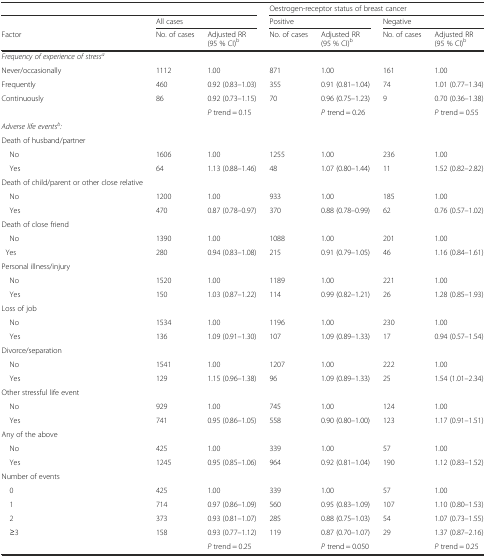
<table><thead><tr><td colspan="3"></td><td colspan="4"><b>Oestrogen-receptor status of breast cancer</b></td></tr><tr><td></td><td colspan="2"><b>All cases</b></td><td colspan="2"><b>Positive</b></td><td colspan="2"><b>Negative</b></td></tr><tr><td><b>Factor</b></td><td><b>No. of cases</b></td><td><b>Adjusted RR (95 % CI)<sup>b</sup></b></td><td><b>No. of cases</b></td><td><b>Adjusted RR (95 % CI)<sup>b</sup></b></td><td><b>No. of cases</b></td><td><b>Adjusted RR (95 % CI)<sup>b</sup></b></td></tr></thead><tbody><tr><td colspan="7"><i>Frequency of experience of stress</i><sup><i>a</i></sup></td></tr><tr><td>Never/occasionally</td><td>1112</td><td>1.00</td><td>871</td><td>1.00</td><td>161</td><td>1.00</td></tr><tr><td>Frequently</td><td>460</td><td>0.92 (0.83–1.03)</td><td>355</td><td>0.91 (0.81–1.04)</td><td>74</td><td>1.01 (0.77–1.34)</td></tr><tr><td>Continuously</td><td>86</td><td>0.92 (0.73–1.15)</td><td>70</td><td>0.96 (0.75–1.23)</td><td>9</td><td>0.70 (0.36–1.38)</td></tr><tr><td></td><td></td><td><i>P</i> trend = 0.15</td><td></td><td><i>P</i> trend = 0.26</td><td></td><td><i>P</i> trend = 0.55</td></tr><tr><td colspan="7"><i>Adverse life events</i><sup><i>b</i></sup><i>:</i></td></tr><tr><td>Death of husband/partner</td><td></td><td></td><td></td><td></td><td></td><td></td></tr><tr><td> No</td><td>1606</td><td>1.00</td><td>1255</td><td>1.00</td><td>236</td><td>1.00</td></tr><tr><td> Yes</td><td>64</td><td>1.13 (0.88–1.46)</td><td>48</td><td>1.07 (0.80–1.44)</td><td>11</td><td>1.52 (0.82–2.82)</td></tr><tr><td>Death of child/parent or other close relative</td><td></td><td></td><td></td><td></td><td></td><td></td></tr><tr><td> No</td><td>1200</td><td>1.00</td><td>933</td><td>1.00</td><td>185</td><td>1.00</td></tr><tr><td> Yes</td><td>470</td><td>0.87 (0.78–0.97)</td><td>370</td><td>0.88 (0.78–0.99)</td><td>62</td><td>0.76 (0.57–1.02)</td></tr><tr><td>Death of close friend</td><td></td><td></td><td></td><td></td><td></td><td></td></tr><tr><td> No</td><td>1390</td><td>1.00</td><td>1088</td><td>1.00</td><td>201</td><td>1.00</td></tr><tr><td> Yes</td><td>280</td><td>0.94 (0.83–1.08)</td><td>215</td><td>0.91 (0.79–1.05)</td><td>46</td><td>1.16 (0.84–1.61)</td></tr><tr><td colspan="7">Personal illness/injury</td></tr><tr><td> No</td><td>1520</td><td>1.00</td><td>1189</td><td>1.00</td><td>221</td><td>1.00</td></tr><tr><td> Yes</td><td>150</td><td>1.03 (0.87–1.22)</td><td>114</td><td>0.99 (0.82–1.21)</td><td>26</td><td>1.28 (0.85–1.93)</td></tr><tr><td>Loss of job</td><td></td><td></td><td></td><td></td><td></td><td></td></tr><tr><td> No</td><td>1534</td><td>1.00</td><td>1196</td><td>1.00</td><td>230</td><td>1.00</td></tr><tr><td> Yes</td><td>136</td><td>1.09 (0.91–1.30)</td><td>107</td><td>1.09 (0.89–1.33)</td><td>17</td><td>0.94 (0.57–1.54)</td></tr><tr><td colspan="7">Divorce/separation</td></tr><tr><td> No</td><td>1541</td><td>1.00</td><td>1207</td><td>1.00</td><td>222</td><td>1.00</td></tr><tr><td> Yes</td><td>129</td><td>1.15 (0.96–1.38)</td><td>96</td><td>1.09 (0.89–1.33)</td><td>25</td><td>1.54 (1.01–2.34)</td></tr><tr><td colspan="7">Other stressful life event</td></tr><tr><td> No</td><td>929</td><td>1.00</td><td>745</td><td>1.00</td><td>124</td><td>1.00</td></tr><tr><td> Yes</td><td>741</td><td>0.95 (0.86–1.05)</td><td>558</td><td>0.90 (0.80–1.00)</td><td>123</td><td>1.17 (0.91–1.51)</td></tr><tr><td colspan="7">Any of the above</td></tr><tr><td> No</td><td>425</td><td>1.00</td><td>339</td><td>1.00</td><td>57</td><td>1.00</td></tr><tr><td> Yes</td><td>1245</td><td>0.95 (0.85–1.06)</td><td>964</td><td>0.92 (0.81–1.04)</td><td>190</td><td>1.12 (0.83–1.52)</td></tr><tr><td colspan="7">Number of events</td></tr><tr><td> 0</td><td>425</td><td>1.00</td><td>339</td><td>1.00</td><td>57</td><td>1.00</td></tr><tr><td> 1</td><td>714</td><td>0.97 (0.86–1.09)</td><td>560</td><td>0.95 (0.83–1.09)</td><td>107</td><td>1.10 (0.80–1.53)</td></tr><tr><td> 2</td><td>373</td><td>0.93 (0.81–1.07)</td><td>285</td><td>0.88 (0.75–1.03)</td><td>54</td><td>1.07 (0.73–1.55)</td></tr><tr><td> ≥3</td><td>158</td><td>0.93 (0.77–1.12)</td><td>119</td><td>0.87 (0.70–1.07)</td><td>29</td><td>1.37 (0.87–2.16)</td></tr><tr><td></td><td></td><td><i>P</i> trend = 0.25</td><td></td><td><i>P</i> trend = 0.050</td><td></td><td><i>P</i> trend = 0.25</td></tr></tbody></table>